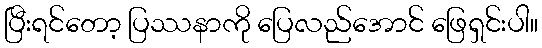
ပြီးရင်တော့ ပြဿနာကို ပြေလည်အောင် ဖြေရှင်းပါ။